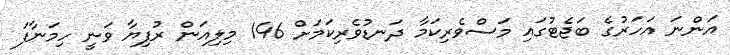
އަންނަ އަހަރުގެ ބަޖެޓުގައި މަސްވެރިކަމާ ދަނޑުވެރިކަމަށް 146 މިލިއަން ރުފިޔާ ވަނީ ހިމަނާފަ